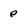
Character: e